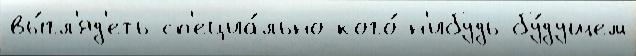
вы́гл'яд'еть сп'ециа́льно кого́-н'ибудь бу́дущем